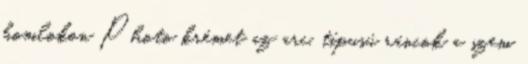
homlokon Photo krémet az arc, típusú ráncok a szem